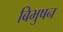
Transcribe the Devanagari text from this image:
बिभुषन